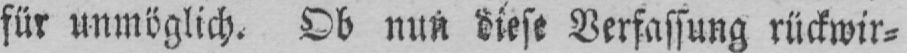
für unmöglich. Ob nun diese Verfassung rückwir⸗